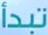
تبدأ